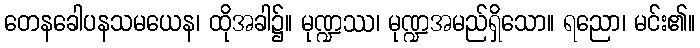
တေနခေါပနသမယေန၊ ထိုအခါ၌။ မုဏ္ဍဿ၊ မုဏ္ဍအမည်ရှိသော။ ရညော၊ မင်း၏။